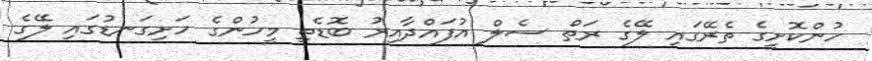
ހުންކޮށީގެ ތެރޭގައި ލޭގެ ރަތް ސެލް އުފައްދާއިރު ބޮޑެތި މީހުންގެ ހަށިގަނޑުގައި ލޭގެ